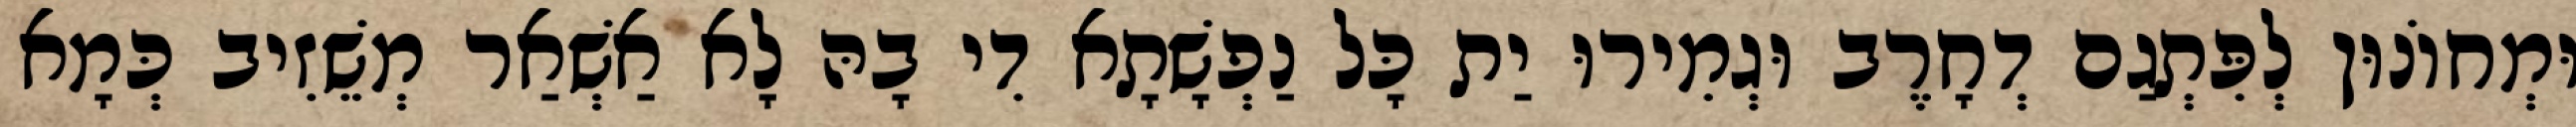
וּמְחוֹנוּן לְפִּתְגַם דְחָרֶב וּגְמִירוּ יַת כָּל נַפְשָׁתָא דִי בָהּ לָא אַשְׁאַר מְשֵׁזִיב כְּמָא